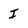
Character: I